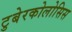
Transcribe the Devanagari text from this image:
टुबेरकोलोसिस